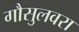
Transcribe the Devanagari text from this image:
गौसुलवरा